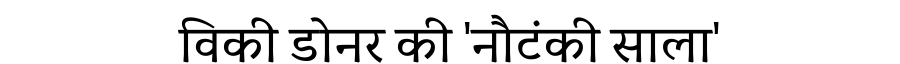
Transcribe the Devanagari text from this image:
विकी डोनर की 'नौटंकी साला'